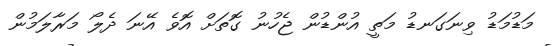
މަޑުމަޑު ވިނަގަނޑު މަތީ އުންޑުން ޖެހުނު ގޮތަށް އޮވެ އޭނަ ދެލޯ މަރާލަމުން